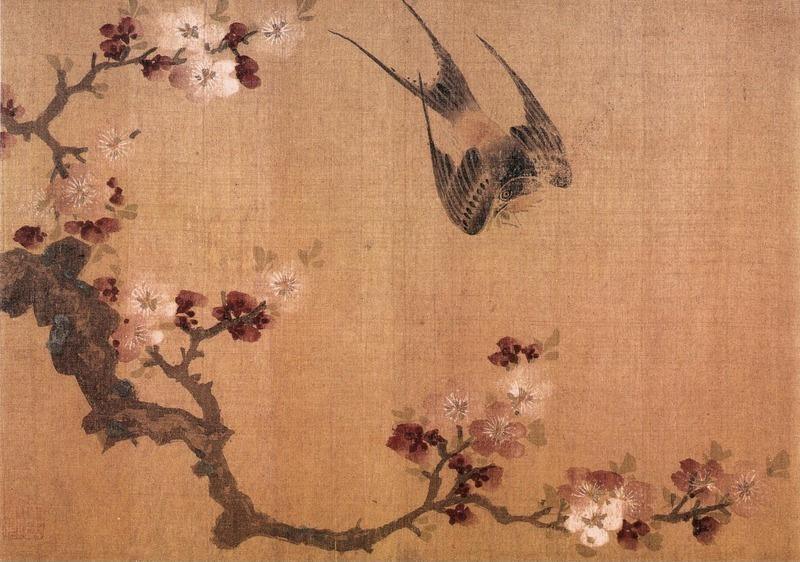
三春已暮花从风，空留可怜与谁同。